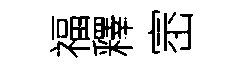
福釋崈